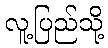
လူ့ပြည်သို့